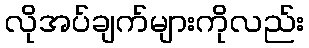
လိုအပ်ချက်များကိုလည်း